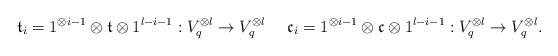
LaTeX: \begin{align*} \mathfrak{t}_i=1^{\otimes {i-1}}\otimes \mathfrak t\otimes 1^{l-i-1}: V_q^{\otimes l}\rightarrow V_q^{\otimes l} \ \ \ \ \mathfrak{c}_i=1^{\otimes {i-1}}\otimes \mathfrak c\otimes 1^{l-i-1}: V_q^{\otimes l}\rightarrow V_q^{\otimes l}.\end{align*}